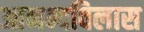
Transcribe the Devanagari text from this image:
आनन्दविलास